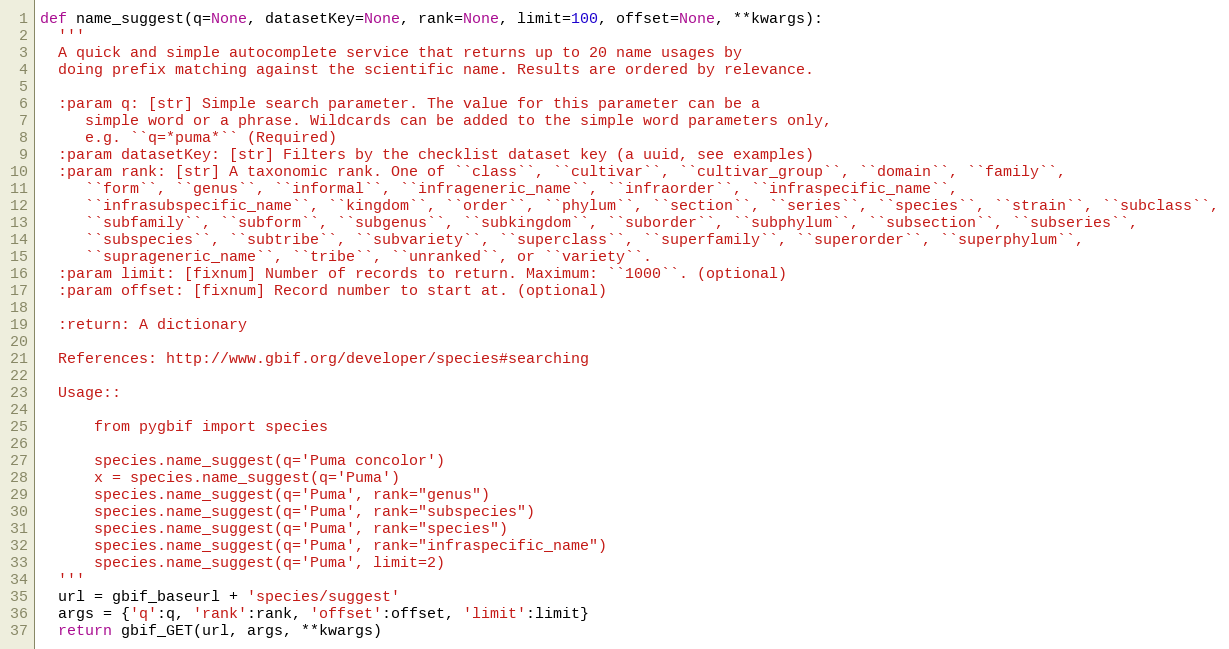
Language: Python
def name_suggest(q=None, datasetKey=None, rank=None, limit=100, offset=None, **kwargs):
  '''
  A quick and simple autocomplete service that returns up to 20 name usages by
  doing prefix matching against the scientific name. Results are ordered by relevance.

  :param q: [str] Simple search parameter. The value for this parameter can be a
     simple word or a phrase. Wildcards can be added to the simple word parameters only,
     e.g. ``q=*puma*`` (Required)
  :param datasetKey: [str] Filters by the checklist dataset key (a uuid, see examples)
  :param rank: [str] A taxonomic rank. One of ``class``, ``cultivar``, ``cultivar_group``, ``domain``, ``family``,
     ``form``, ``genus``, ``informal``, ``infrageneric_name``, ``infraorder``, ``infraspecific_name``,
     ``infrasubspecific_name``, ``kingdom``, ``order``, ``phylum``, ``section``, ``series``, ``species``, ``strain``, ``subclass``,
     ``subfamily``, ``subform``, ``subgenus``, ``subkingdom``, ``suborder``, ``subphylum``, ``subsection``, ``subseries``,
     ``subspecies``, ``subtribe``, ``subvariety``, ``superclass``, ``superfamily``, ``superorder``, ``superphylum``,
     ``suprageneric_name``, ``tribe``, ``unranked``, or ``variety``.
  :param limit: [fixnum] Number of records to return. Maximum: ``1000``. (optional)
  :param offset: [fixnum] Record number to start at. (optional)

  :return: A dictionary

  References: http://www.gbif.org/developer/species#searching

  Usage::

      from pygbif import species

      species.name_suggest(q='Puma concolor')
      x = species.name_suggest(q='Puma')
      species.name_suggest(q='Puma', rank="genus")
      species.name_suggest(q='Puma', rank="subspecies")
      species.name_suggest(q='Puma', rank="species")
      species.name_suggest(q='Puma', rank="infraspecific_name")
      species.name_suggest(q='Puma', limit=2)
  '''
  url = gbif_baseurl + 'species/suggest'
  args = {'q':q, 'rank':rank, 'offset':offset, 'limit':limit}
  return gbif_GET(url, args, **kwargs)